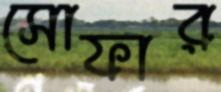
সোফার